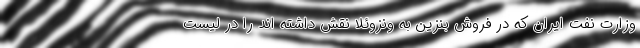
وزارت نفت ایران که در فروش بنزین به ونزوئلا نقش داشته اند را در لیست